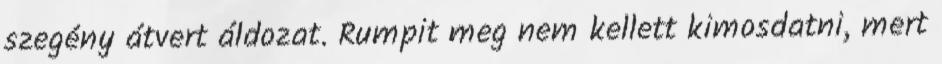
szegény átvert áldozat. Rumpit meg nem kellett kimosdatni, mert